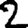
Digit: 2